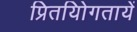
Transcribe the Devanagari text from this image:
प्रितयोिगतायें